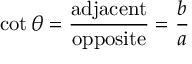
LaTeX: \cot \theta = { \frac { \mathrm { a d j a c e n t } } { \mathrm { o p p o s i t e } } } = { \frac { b } { a } }